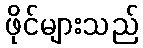
ဖိုင်များသည်